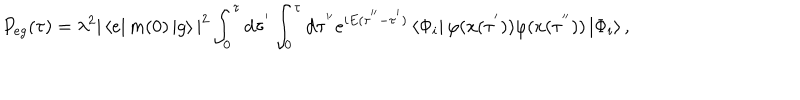
LaTeX: P _ { e g } ( \tau ) = \lambda ^ { 2 } | \left< e \right| m ( 0 ) \left| g \right> | ^ { 2 } \int _ { 0 } ^ { \tau } \mathrm { d } \tau ^ { ' } \int _ { 0 } ^ { \tau } \mathrm { d } \tau ^ { ' ^ { \prime } } e ^ { i E ( \tau ^ { ' ^ { \prime } } - \tau ^ { ' } ) } \left< \Phi _ { i } \right| \varphi ( x ( \tau ^ { ' } ) ) \varphi ( x ( \tau ^ { ' ^ { \prime } } ) ) \left| \Phi _ { i } \right> ,